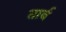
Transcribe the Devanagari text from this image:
तार्ब